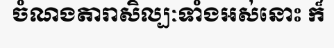
ចំណងតារាសិល្បៈទាំងអស់នោះ ក៏